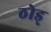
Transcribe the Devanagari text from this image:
ठोड्